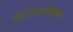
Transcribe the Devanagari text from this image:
स्पोरानोक्स